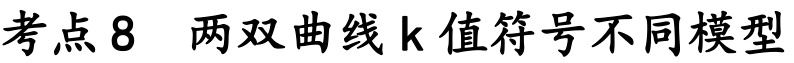
考点8 两双曲线k值符号不同模型